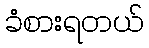
ခံစားရတယ်